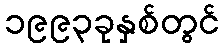
၁၉၉၃ခုနှစ်တွင်